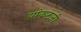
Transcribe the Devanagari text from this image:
व्यंकटजी